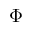
\Phi